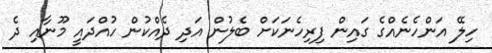
ހިލޭ އަންހެނެއްގެ ގައިން ފިރިހެނަކަށް ބެލުން އަދި ދެއްކުން ހުއްދައީ މޫނާއި ދެ